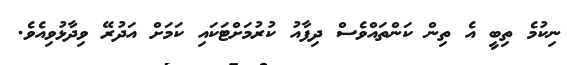
ނިކުމެ ތިބީ އެ ތިން ކަންތައްވެސް ދިފާއު ކުރުމަށްޓަކައި ކަމަށް އަދުރޭ ވިދާޅުވިއެވެ.